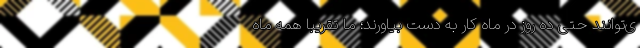
ی‌توانند حتی ده روز در ماه کار به دست بیاورند؛ ما تقریباً همه ماه